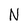
Character: N